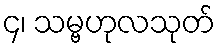
၄၊ သမ္ဗဟုလသုတ်